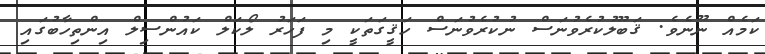
ކަމެއް ނޫނެވެ. ޤަބޫލުކުރެވުނަސް ނުކުރެވުނަސް ހަޤީގަތަކީ މި ފަހަރު ލޯކަލް ކައުންސިލް އިންތިހާބުގައި